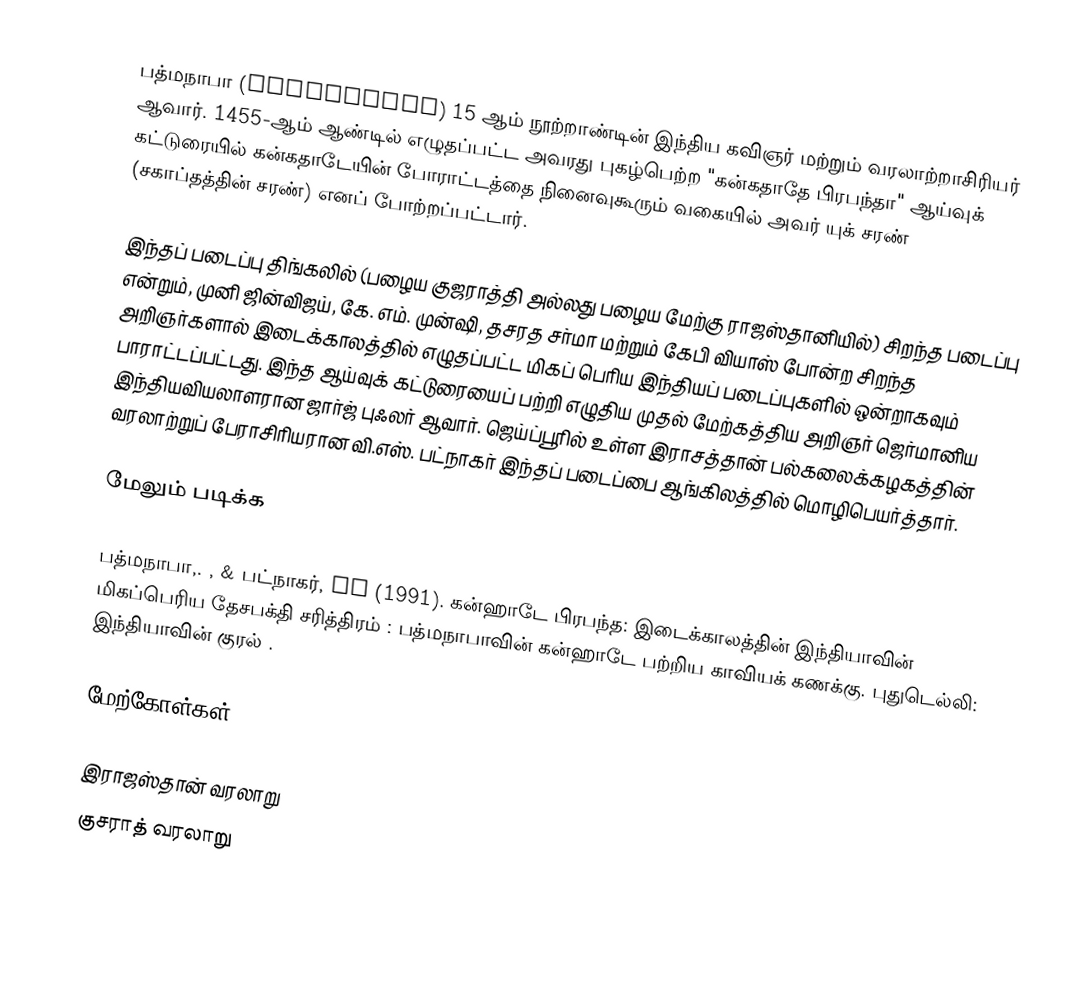
பத்மநாபா (Padmanābha) 15 ஆம் நூற்றாண்டின் இந்திய கவிஞர் மற்றும் வரலாற்றாசிரியர் ஆவார்.  1455-ஆம் ஆண்டில் எழுதப்பட்ட அவரது புகழ்பெற்ற "கன்கதாதே பிரபந்தா" ஆய்வுக் கட்டுரையில் கன்கதாடேயின் போராட்டத்தை நினைவுகூரும் வகையில் அவர் யுக் சரண் (சகாப்தத்தின் சரண்) எனப் போற்றப்பட்டார்.

இந்தப் படைப்பு திங்கலில் (பழைய குஜராத்தி அல்லது பழைய மேற்கு ராஜஸ்தானியில்) சிறந்த படைப்பு என்றும், முனி ஜின்விஜய், கே. எம். முன்ஷி, தசரத சர்மா மற்றும் கேபி வியாஸ் போன்ற சிறந்த அறிஞர்களால் இடைக்காலத்தில் எழுதப்பட்ட மிகப் பெரிய இந்தியப் படைப்புகளில் ஒன்றாகவும் பாராட்டப்பட்டது.  இந்த ஆய்வுக் கட்டுரையைப் பற்றி எழுதிய முதல் மேற்கத்திய அறிஞர் ஜெர்மானிய இந்தியவியலாளரான ஜார்ஜ் புஃலர் ஆவார்.  ஜெய்ப்பூரில் உள்ள இராசத்தான் பல்கலைக்கழகத்தின் வரலாற்றுப் பேராசிரியரான வி.எஸ். பட்நாகர் இந்தப் படைப்பை ஆங்கிலத்தில் மொழிபெயர்த்தார்.

மேலும் படிக்க

 பத்மநாபா,. , & பட்நாகர், VS (1991). கன்ஹாடே பிரபந்த: இடைக்காலத்தின் இந்தியாவின் மிகப்பெரிய தேசபக்தி சரித்திரம் : பத்மநாபாவின் கன்ஹாடே பற்றிய காவியக் கணக்கு. புதுடெல்லி: இந்தியாவின் குரல் .

மேற்கோள்கள்

இராஜஸ்தான் வரலாறு
குசராத் வரலாறு